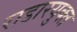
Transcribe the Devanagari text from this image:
राडारयुक्त